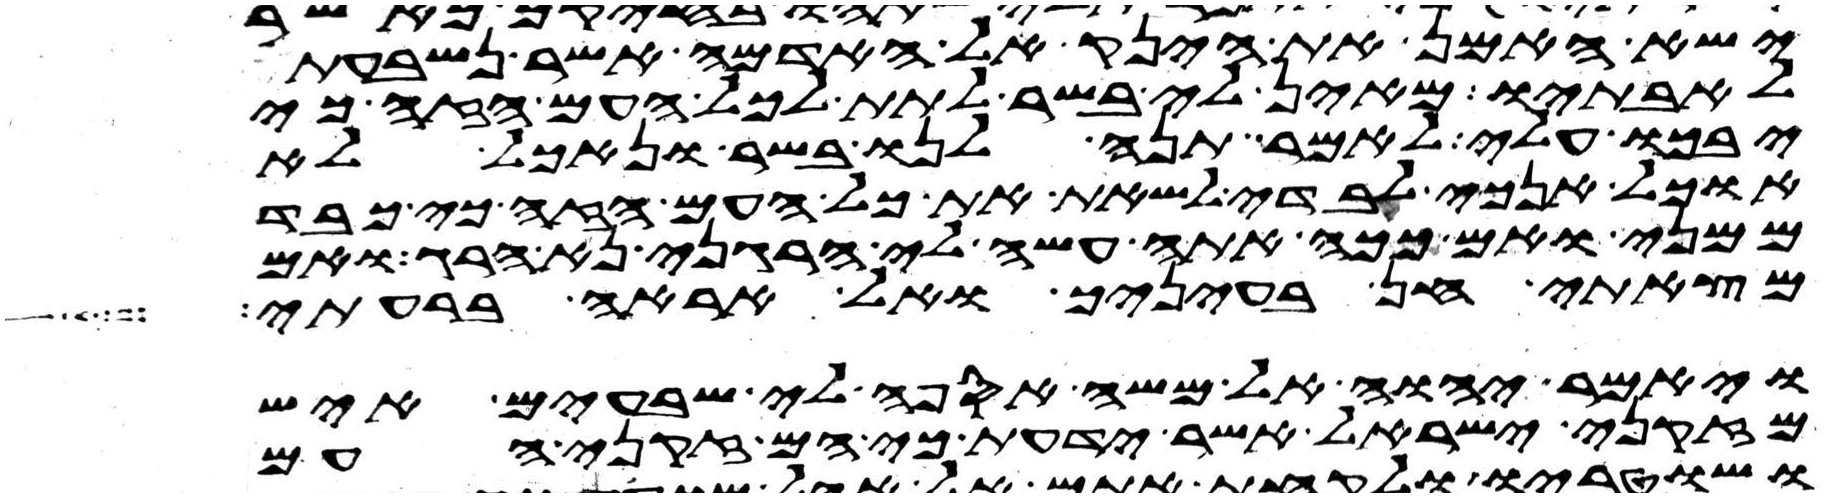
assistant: ישא האמן את הינק אל האדמה אשר נשבעת
לאבתיו מאין לי בשר לתת לכל העם הזה כי
יבכו עלי לאמר תנה לנו בשר ונאכל לא
אוכל אנכי לבדי לשאת את כל העם הזה כי כבד
ממני ואם ככה אתה עשה לי הרגני נא הרג ואם
מצאתי חן בעיניך ואל אראה ברעתי
ויאמר יהוה אל משה אספה לי שבעים איש
מזקני ישראל אשר ידעת כי הם זקני העם